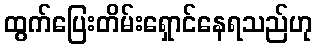
ထွက်ပြေးတိမ်းရှောင်နေရသည်ဟု